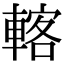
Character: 𨍇